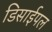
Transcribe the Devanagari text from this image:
डिसाईपल